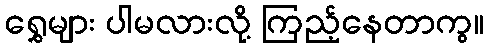
ရွှေများ ပါမလားလို့ ကြည့်နေတာကွ။